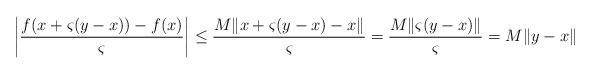
\begin{align*}\left|\frac{f(x+\varsigma(y-x))-f(x)}{\varsigma}\right|\le\frac{M\|x+\varsigma(y-x)-x\|}{\varsigma}=\frac{M\|\varsigma(y-x)\|}{\varsigma}=M\|y-x\|\end{align*}